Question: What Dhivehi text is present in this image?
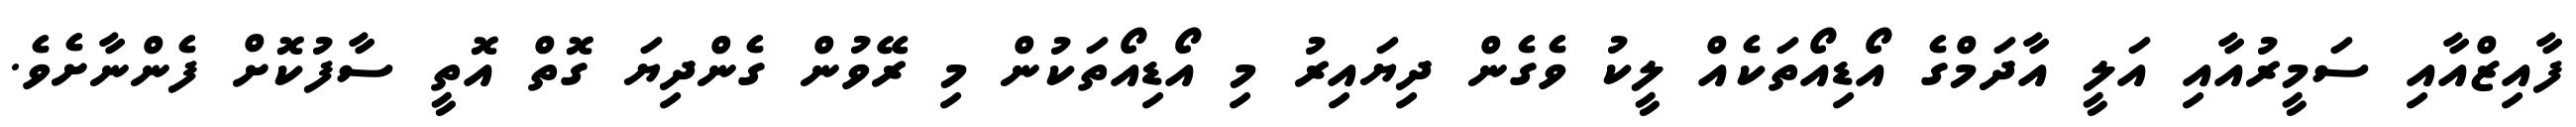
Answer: ފާއިޒްއާއި ސަމީރުއާއި އަލީ އާދަމްގެ އޯޑިއޯތަކެއް ލީކު ވެގެން ދިޔައިރު މި އޯޑިއޯތަކުން މި ރޭވުން ގެންދިޔަ ގޮތް އޮތީ ސާފުކޮށް ފެންނާށެވެ.